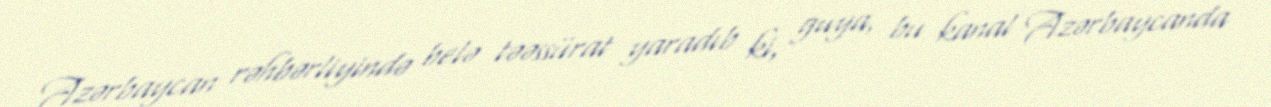
Azərbaycan rəhbərliyində belə təəssürat yaradıb ki, guya, bu kanal Azərbaycanda